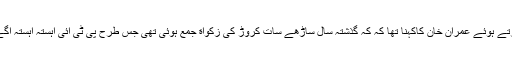
پشاور میں شوکت خانم ہسپتال کے فنڈریزنگ تقریب سے خطاب کرتے ہوئے عمران خان کاکہنا تھا کہ کہ گذشتہ سال ساڑھے سات کروڑ کی زکواة جمع ہوئی تھی جس طرح پی ٹی آئی آہستہ آہستہ آگے جارہی ہے ویسے ہی شوکت خانم کے فنڈز بھی زیادہ ہورہے ہیں۔